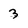
Character: 3